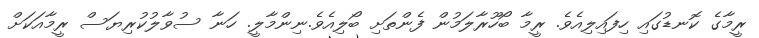
ރީމާގެ ކޮނޑުގައި ހިފައިލިއެވެ. ރީމާ ބޯހޫރާލަމުން ފެންތަށި ބޯލިއެވެ.ނިންމާލީ. ހަނާ ސުވާލުކުރިޔަސް ރީމާއަކަށް